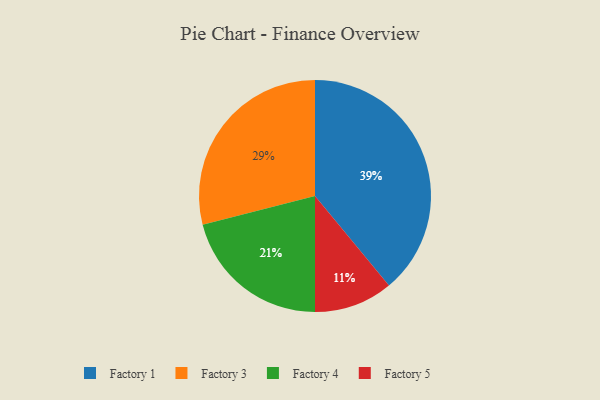
{"axis": {"x": "Category", "y": "Percentage"}, "legend": ["Factory 1", "Factory 3", "Factory 4", "Factory 5"], "data": [{"x": "Factory 4", "y": 21, "type": "Factory 4"}, {"x": "Factory 1", "y": 39, "type": "Factory 1"}, {"x": "Factory 5", "y": 11, "type": "Factory 5"}, {"x": "Factory 3", "y": 29, "type": "Factory 3"}]}